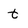
Character: t